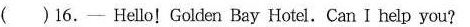
( )16.—Hello! Golden Bay Hotel. Can I help you?